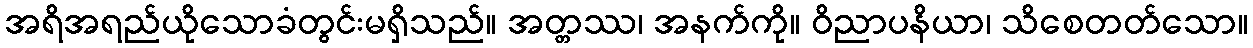
အရိအရည်ယိုသောခံတွင်းမရှိသည်။ အတ္တဿ၊ အနက်ကို။ ဝိညာပနိယာ၊ သိစေတတ်သော။